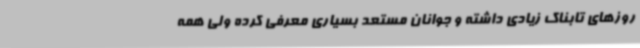
روزهای تابناک زیادی داشته و جوانان مستعد بسیاری معرفی کرده ولی همه